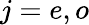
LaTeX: j=e,o